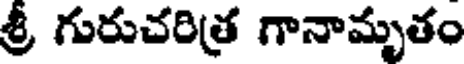
శ్రీ గురుచరిత్ర గానామృతం